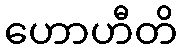
ဟောဟီတိ